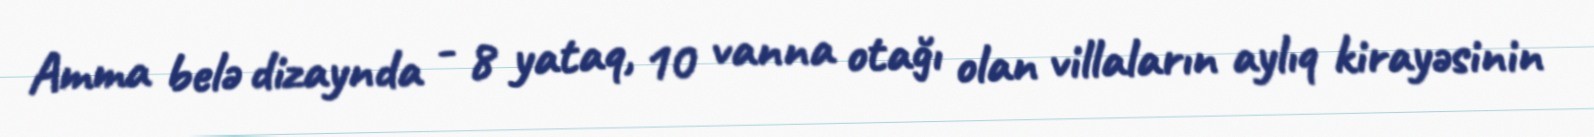
Amma belə dizaynda - 8 yataq, 10 vanna otağı olan villaların aylıq kirayəsinin